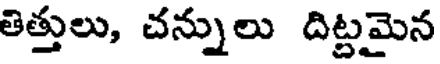
తిత్తులు, చన్నులు దిట్టమైన